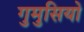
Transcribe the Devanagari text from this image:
गुमुसियो